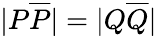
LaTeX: |P{\overline{{P}}}|=|Q{\overline{{Q}}}|